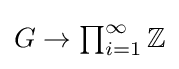
{\textstyle G\to \prod _{i=1}^{\infty }\mathbb {Z} }